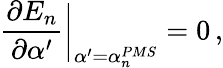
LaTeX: {\frac{\partial E_{n}}{\partial\alpha^{\prime}}}{\bigg|}_{\alpha^{\prime}=\alpha_{n}^{PMS}}=0\, ,